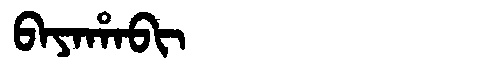
Manchu: ᠪᠠᠶᠠᡥᠠᠪᡳ
Romanization: BAYAHABI